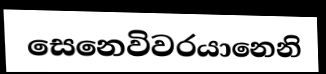
සෙනෙවිවරයානෙනි